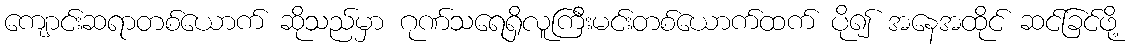
ကျောင်းဆရာတစ်ယောက် ဆိုသည်မှာ ဂုဏ်သရေရှိလူကြီးမင်းတစ်ယောက်ထက် ပို၍ အနေအထိုင် ဆင်ခြင်ဖို့